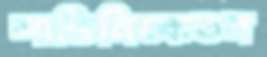
শান্তিনিকেতন